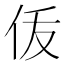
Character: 𬽴